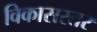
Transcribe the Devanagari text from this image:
विकासस्तर